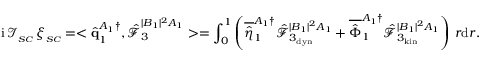
\mathrm { i } \, \mathcal { I } _ { _ { S C } } \, \xi _ { _ { S C } } = < \hat { \mathbf { q } } _ { 1 } ^ { A _ { 1 } \dagger } , \boldsymbol { \hat { \mathcal { F } } } _ { 3 } ^ { | B _ { 1 } | ^ { 2 } A _ { 1 } } > = \int _ { 0 } ^ { 1 } \left( \overline { { \hat { \eta } } } _ { 1 } ^ { A _ { 1 } \dagger } \hat { \mathcal { F } } _ { 3 _ { \mathrm { d y n } } } ^ { | B _ { 1 } | ^ { 2 } A _ { 1 } } + \overline { { \hat { \Phi } } } _ { 1 } ^ { A _ { 1 } \dagger } \hat { \mathcal { F } } _ { 3 _ { \mathrm { k i n } } } ^ { | B _ { 1 } | ^ { 2 } A _ { 1 } } \right) \, r \mathrm { d } r .